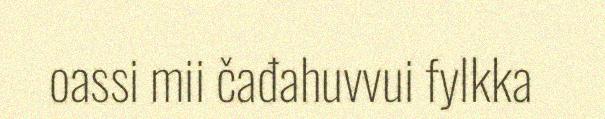
oassi mii čađahuvvui fylkka